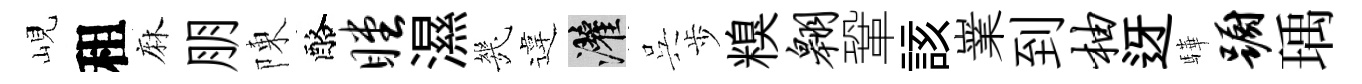
峴租麻朋陳酪瞠濕㡬違灌呉歩糗翱鞏該嶪到柚迓驊蹰瑀